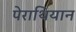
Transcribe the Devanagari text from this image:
पेराथियान